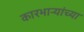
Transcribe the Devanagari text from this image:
कारभार्‍यांच्या